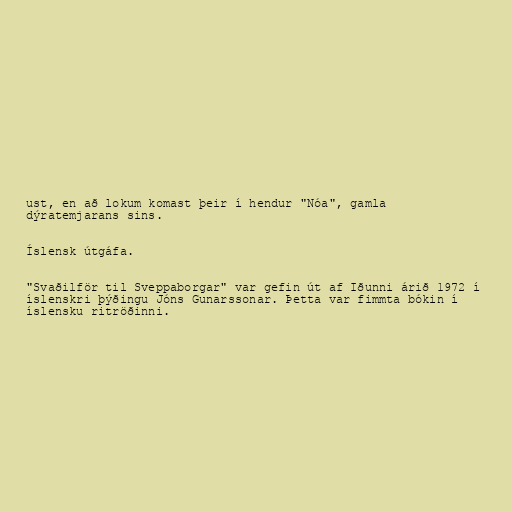
ust, en að lokum komast þeir í hendur "Nóa", gamla
dýratemjarans sins.

Íslensk útgáfa.

"Svaðilför til Sveppaborgar" var gefin út af Iðunni árið 1972 í
íslenskri þýðingu Jóns Gunarssonar. Þetta var fimmta bókin í
íslensku ritröðinni.